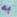
به